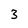
Character: 3